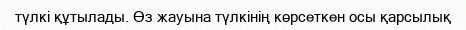
түлкі құтылады. Өз жауына түлкінің көрсеткен осы қарсылық